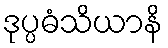
ဒုပ္ပဓံသိယာနိ